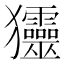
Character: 𤣤